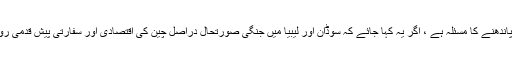
اس میں سب سے پہلے چین کے خلاف بندپاندھنے کا مسئلہ ہے ، اگر یہ کہا جائے کہ سوڈان اور لیبیا میں جنگی صورتحال دراصل چین کی اقتصادی اور سفارتی پیش قدمی روکنے کے لئے تھی تو بھی بے جانہ ہوگا ۔